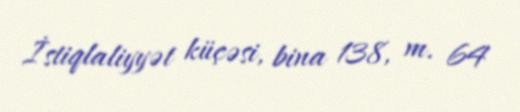
İstiqlaliyyət küçəsi, bina 138, m. 64